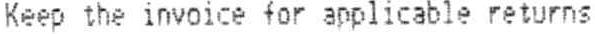
KEEP THE INVOICE FOR APPLICABLE RETURNS